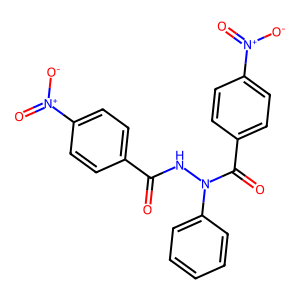
SMILES: O=C(NN(C(=O)c1ccc([N+](=O)[O-])cc1)c1ccccc1)c1ccc([N+](=O)[O-])cc1
Inhibits HIV replication: No